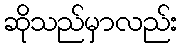
ဆိုသည်မှာလည်း